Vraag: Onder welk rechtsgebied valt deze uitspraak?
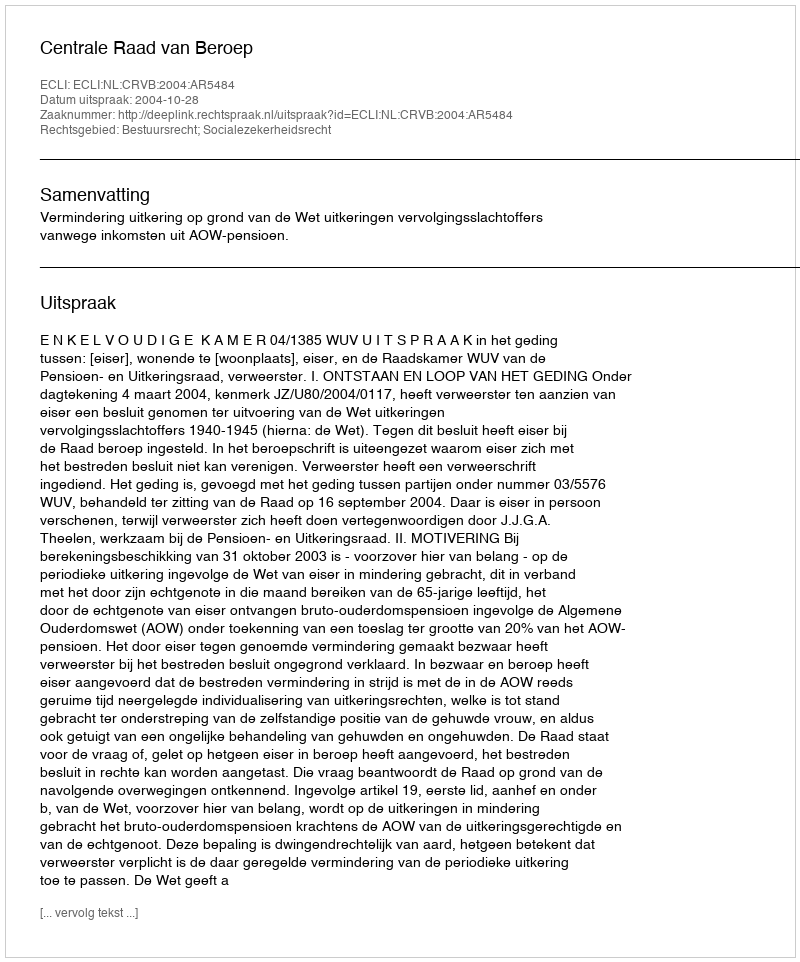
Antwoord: Bestuursrecht; Socialezekerheidsrecht